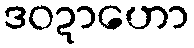
ဒဝဍာဟော